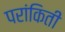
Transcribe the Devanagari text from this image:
परांकिती